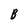
Character: B